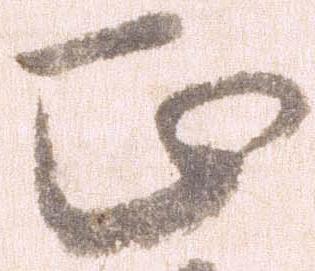
正